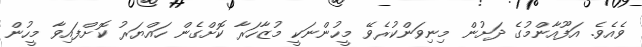
ވެއެވެ. އަފޫއާންމުގެ ދަށުން މިނިވަންކުރެވޭ މީހުންނަކީ މުޒާހަރާ ކޮށްގެން ހައްޔަރު ކޮށްފައިވާ މީހުން